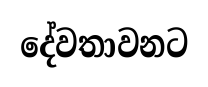
දේවතාවනට